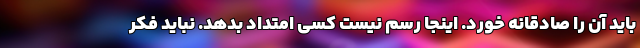
باید آن را صادقانه خورد. اینجا رسم نیست کسی امتداد بدهد. نباید فکر